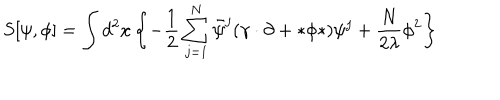
S [ \psi , \phi ] = \int d ^ { 2 } x \left\{ - \frac { 1 } { 2 } \sum _ { j = 1 } ^ { N } \bar { \psi } ^ { j } ( \gamma \cdot \partial + * \phi * ) \psi ^ { j } + \frac { N } { 2 \lambda } \phi ^ { 2 } \right\}